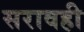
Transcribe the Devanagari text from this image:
सरावही